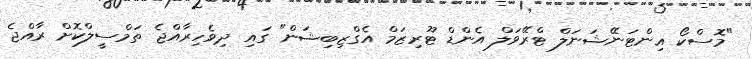
"މޮސްކޯ އިންޓަނޭޝަނަލް ޓްރޭވަލް އެންޑް ޓޫރިޒަމް އެގްޒިބިޝަން" ގައި ދިވެހިރާއްޖެ ތަމްސީލްކޮށް ރާއްޖެ